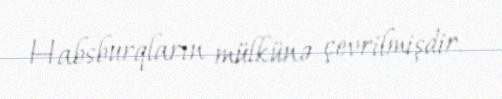
Habsburqların mülkünə çevrilmişdir.